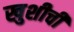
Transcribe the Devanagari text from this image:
खुशीची